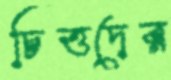
চিত্তদের